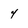
Character: 4